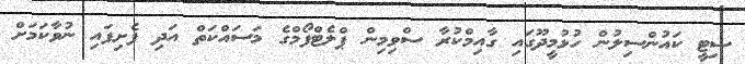
ސިޓީ ކައުންސިލުން ހުޅުމީދޫގައި ގާއިމްކުރާ ސްވިމިން ޕްލެޓްފޯމްގެ މަސައްކަތް އަދި ފެށިފައި ނުވާކަމަށް